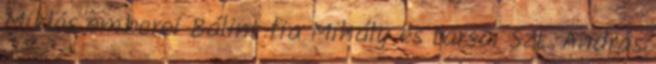
Miklós emberei Bálint fia Mihály és társai Szt. András